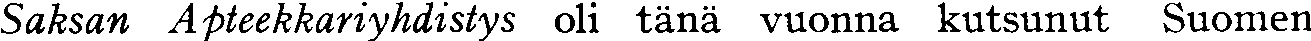
Saksan Apteekkariyhdistys oli tänä vuonna kutsunut Suomen